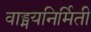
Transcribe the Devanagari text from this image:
वाड्मयनिर्मिती